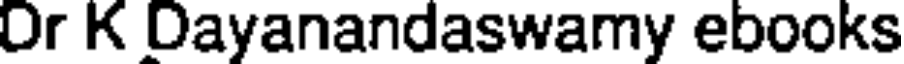
Or K Dayanandaswamy ebooks